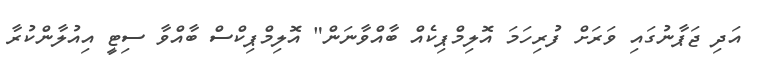
އަދި ޖަޕާނުގައި ވަރަށް ފުރިހަމަ އޮލިމްޕިކެއް ބާއްވާނަން" އޮލިމްޕިކްސް ބާއްވާ ސިޓީ އިއުލާންކުރާ